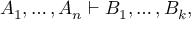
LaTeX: A _ { 1 } , \ldots , A _ { n } \vdash B _ { 1 } , \ldots , B _ { k } ,